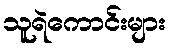
သူရဲကောင်းများ